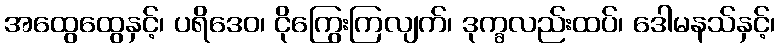
အထွေထွေနှင့်၊ ပရိဒေဝ၊ ငိုကြွေးကြလျက်၊ ဒုက္ခလည်းထပ်၊ ဒေါမနသ်နှင့်၊